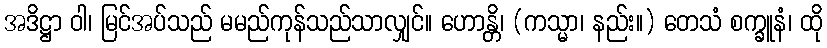
အဒိဋ္ဌာ ဝါ၊ မြင်အပ်သည် မမည်ကုန်သည်သာလျှင်။ ဟောန္တိ၊ (ကသ္မာ၊ နည်း။) တေသံ စက္ခူနံ၊ ထို